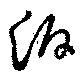
泝